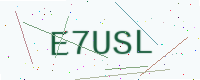
Text: E7USL